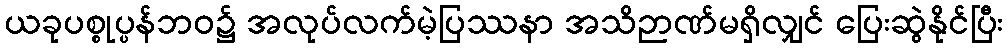
ယခုပစ္စုပ္ပန်ဘဝ၌ အလုပ်လက်မဲ့ပြဿနာ အသိဉာဏ်မရှိလျှင် ပြေးဆွဲနိုင်ပြီး